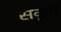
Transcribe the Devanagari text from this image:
सकूग